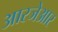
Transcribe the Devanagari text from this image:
आरजेआर